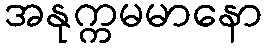
အနုက္ကမမာနော